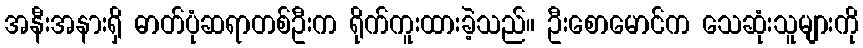
အနီးအနားရှိ ဓာတ်ပုံဆရာတစ်ဦးက ရိုက်ကူးထားခဲ့သည်။ ဦးစောမောင်က သေဆုံးသူများကို